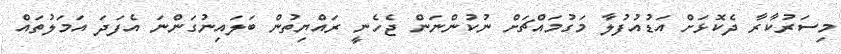
މިސަރުކާރާ ދެކޮޅަށް އަޑުއުފުލާ މަގުމައްޗަށް ނުކުންނަން ޖެހެނީ ރައްޔިތުން ބަލައިނުގަންނަ އެފަދަ އަމަލުތައް